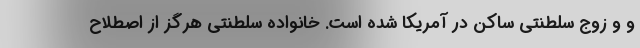
و و زوج سلطنتی ساکن در آمریکا شده است. خانواده سلطنتی هرگز از اصطلاح